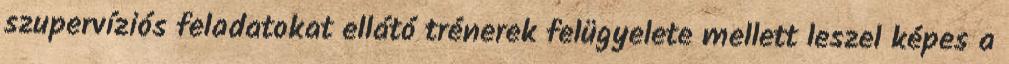
szupervíziós feladatokat ellátó trénerek felügyelete mellett leszel képes a